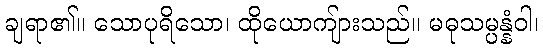
ချရာ၏။ သောပုရိသော၊ ထိုယောကျ်ားသည်။ မဓုသမ္ပန္နံဝါ၊